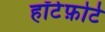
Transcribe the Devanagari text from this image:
हॉर्टफ़ोर्ट